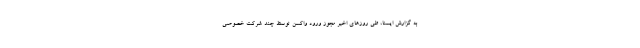
به گزارش ایسنا، طی روزهای اخیر مجوز ورود واکسن توسط چند شرکت خصوصی